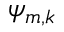
{ \psi } _ { m , k }